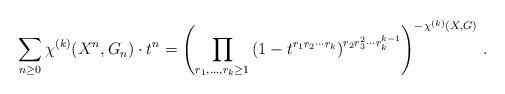
LaTeX: \begin{align*}\sum_{n\ge 0}\chi^{(k)}(X^n, G_n)\cdot t^n=\left(\prod\limits_{r_1, \ldots,r_k\geq 1}\left(1- t^{r_1r_2\cdots r_k}\right)^{r_2r_3^2\cdots r_k^{k-1}}\right)^{-\chi^{(k)}(X, G)}\,.\end{align*}